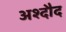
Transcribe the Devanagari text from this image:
अश्दौद